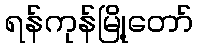
ရန်ကုန်မြို့တော်